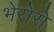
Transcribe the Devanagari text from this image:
भेरोसे